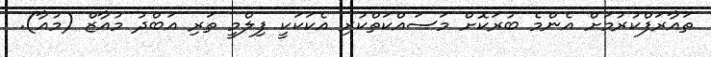
ތައާރަފްކުރުމަށް އެންމެ ބުރަކޮށް މަސައްކަތްކުރި އެކަކަކީ ފިލްމީ ތަރި އަބްދު މުއާޒް (މުއާ).